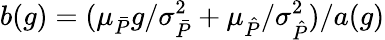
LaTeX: b(g)=(\mu_{\bar{P}}g/\sigma_{\bar{P}}^{2}+\mu_{\hat{P}}/\sigma_{\hat{P}}^{2})/a(g)